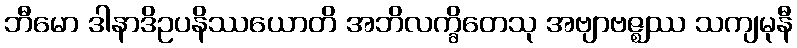
ဘီမော ဒါနာဒိဥပနိဿယောတိ အဘိလက္ခိတေသု အဗျာဗဇ္ဈဿ သကျမုနီ